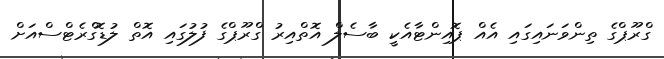
ގްރޫޕްގެ ތިންވަނައިގައި އެއް ޕޮއިންޓާއެކީ ބާސެލް އޮތްއިރު ގްރޫޕްގެ ފުލުގައި އޮތް ލުޑޮގްރެޓްސްއަށް